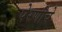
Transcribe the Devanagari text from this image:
पेरणीचे